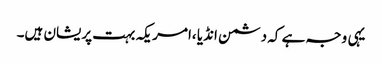
یہی وجہ ہے کہ دشمن انڈیا ،امریکہ بہت پریشان ہیں۔